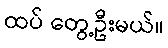
ထပ် တွေ့ဦးမယ်။